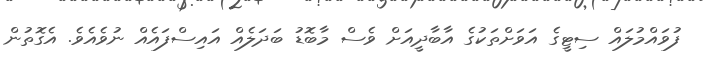
ފުވައްމުލައް ސިޓީގެ އަވަށްތަކުގެ އާބާދީއަށް ވެސް މާބޮޑު ބަދަލެއް އައިސްފައެއް ނުވެއެވެ. އެގޮތުން